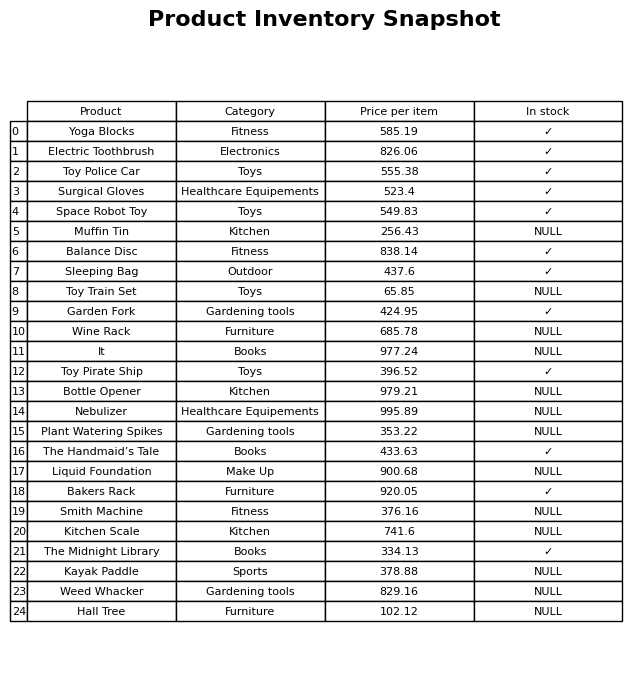
question: Is the Bottle Opener in stock?
answer: NULL